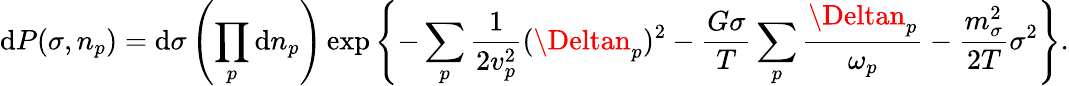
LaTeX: \mathrm{d}P(\sigma,n_{p})=\mathrm{d}\sigma\left(\prod_{p}\mathrm{d}n_{p}\right)\exp\left\{ -\sum_{p}{\frac{{1}}{{2{v}_{p}^{2}}}}(\Deltan_{p})^{2}-{\frac{{G\sigma}}{{T}}}\sum_{p}{\frac{{\Deltan_{p}}}{{\omega_{p}}}}-{\frac{{m_{\sigma}^{2}}}{{2T}}}\sigma^{2}\right\} .